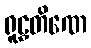
ရူဠှတိဏေ